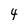
Character: 4